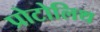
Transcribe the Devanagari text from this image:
प्रोटोलिथ